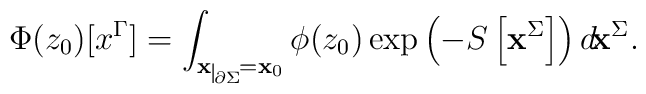
\Phi(z_0)[x^{\Gamma}]=\int_{{\bf x}\nolinebreak\begin{picture}(10,3)(0,0)\setlength{\unitlength}{.5pt}\put(1,-7){\line(0,1){14}}\put(2,-7){$\scriptscriptstyle\partial\Sigma$}\end{picture}={\bf x}_0}\phi(z_0)\exp{\left(-S\left[{\bf x}^{\Sigma}\right]\right)}\, d\! {\bf x}^{\Sigma}.